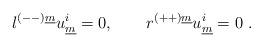
LaTeX: \begin{align*} l^{(--)\underline{m}} u^i_{\underline{m}} = 0 , \qquad r^{(++)\underline{m}} u^i_{\underline{m}} = 0~. \qquad\end{align*}